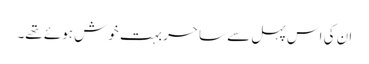
ان کی اس پہل سے ساحر بہت خوش ہوئے تھے۔